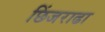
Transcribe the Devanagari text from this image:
छिंजराढा